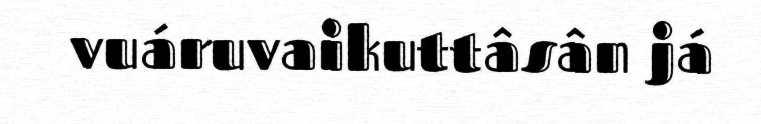
vuáruvaikuttâsân já